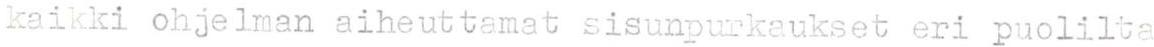
kaikki ohjelman aiheuttamat sisunpurkaukset eri puolilta